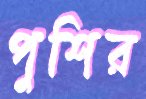
পুশির